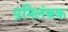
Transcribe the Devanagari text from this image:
प्रनिलंबक